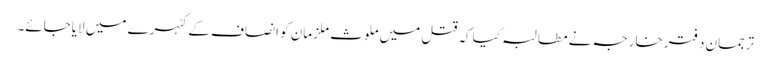
ترجمان دفتر خارجہ نے مطالبہ کیا کہ قتل میں ملوث ملزمان کو انصاف کے کٹہرے میں لایاجائے۔